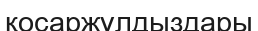
қосаржұлдыздары